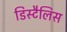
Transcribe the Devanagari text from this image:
डिस्टैलिस